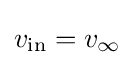
v_{\mathrm {in} }=v_{\infty }